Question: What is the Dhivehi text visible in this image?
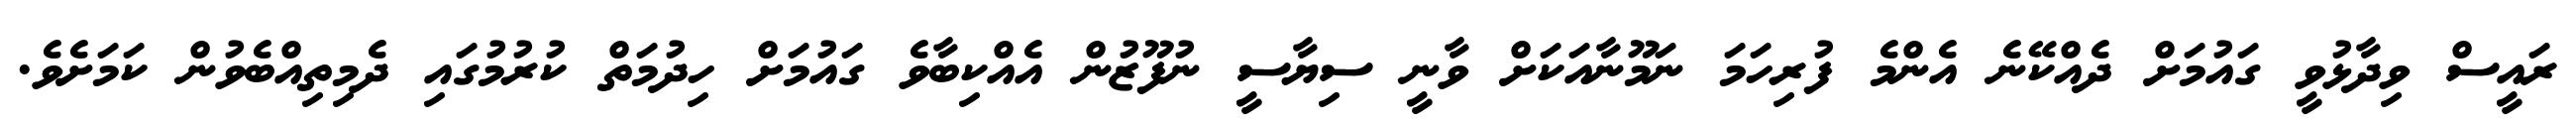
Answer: ރައީސް ވިދާޅުވީ ގައުމަށް ދެއްކޭނެ އެންމެ ފުރިހަމަ ނަމޫނާއަކަށް ވާނީ ސިޔާސީ ނުފޫޒުން އެއްކިބާވެ ގައުމަށް ހިދުމަތް ކުރުމުގައި ދެމިތިއްބެވުން ކަމަށެވެ.